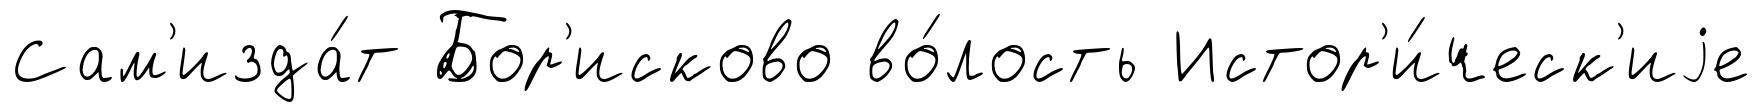
Сам'изда́т Бор'исково во́лость Истор'и́ческ'иjе